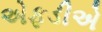
એફડીએ